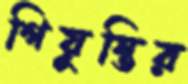
গিয়ুস্তির